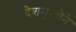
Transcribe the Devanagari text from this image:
देशमुखोने